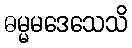
ဓမ္မမဒေသေသိ